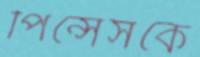
পিন্সেসকে